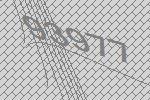
93977